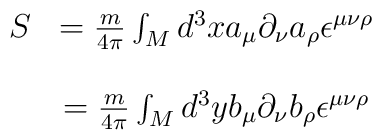
\begin{array}{lcr}S&={m\over 4\pi}\int_{M}{d^{3}x}a_{\mu}\partial_{\nu}a_{\rho}\epsilon^{\mu\nu\rho}\\\\&={m\over4\pi}\int_{M}{d^{3}y}b_{\mu}\partial_{\nu}b_{\rho}\epsilon^{\mu\nu\rho}\end{array}